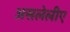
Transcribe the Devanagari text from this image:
असलेलीए